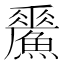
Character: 𩻢